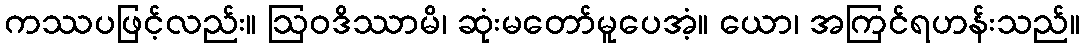
ကဿပဖြင့်လည်း။ ဩဝဒိဿာမိ၊ ဆုံးမတော်မူပေအံ့။ ယော၊ အကြင်ရဟန်းသည်။